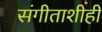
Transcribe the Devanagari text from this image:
संगीताशीही